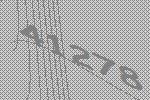
41278